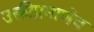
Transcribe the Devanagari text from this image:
उक्तीप्रमाणेच